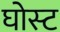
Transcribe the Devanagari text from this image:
घोस्‍ट